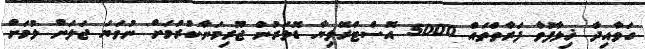
ގަވާއިދާ ޚިލާފުވާ ފަރާތްތައް 5000 އޮސްޓްރޭލިޔާ ޑޮލަރުުން ޖޫރިމަނާކުރުމަށް ނުވަޔަ ޖަލަށް ލުމަށް